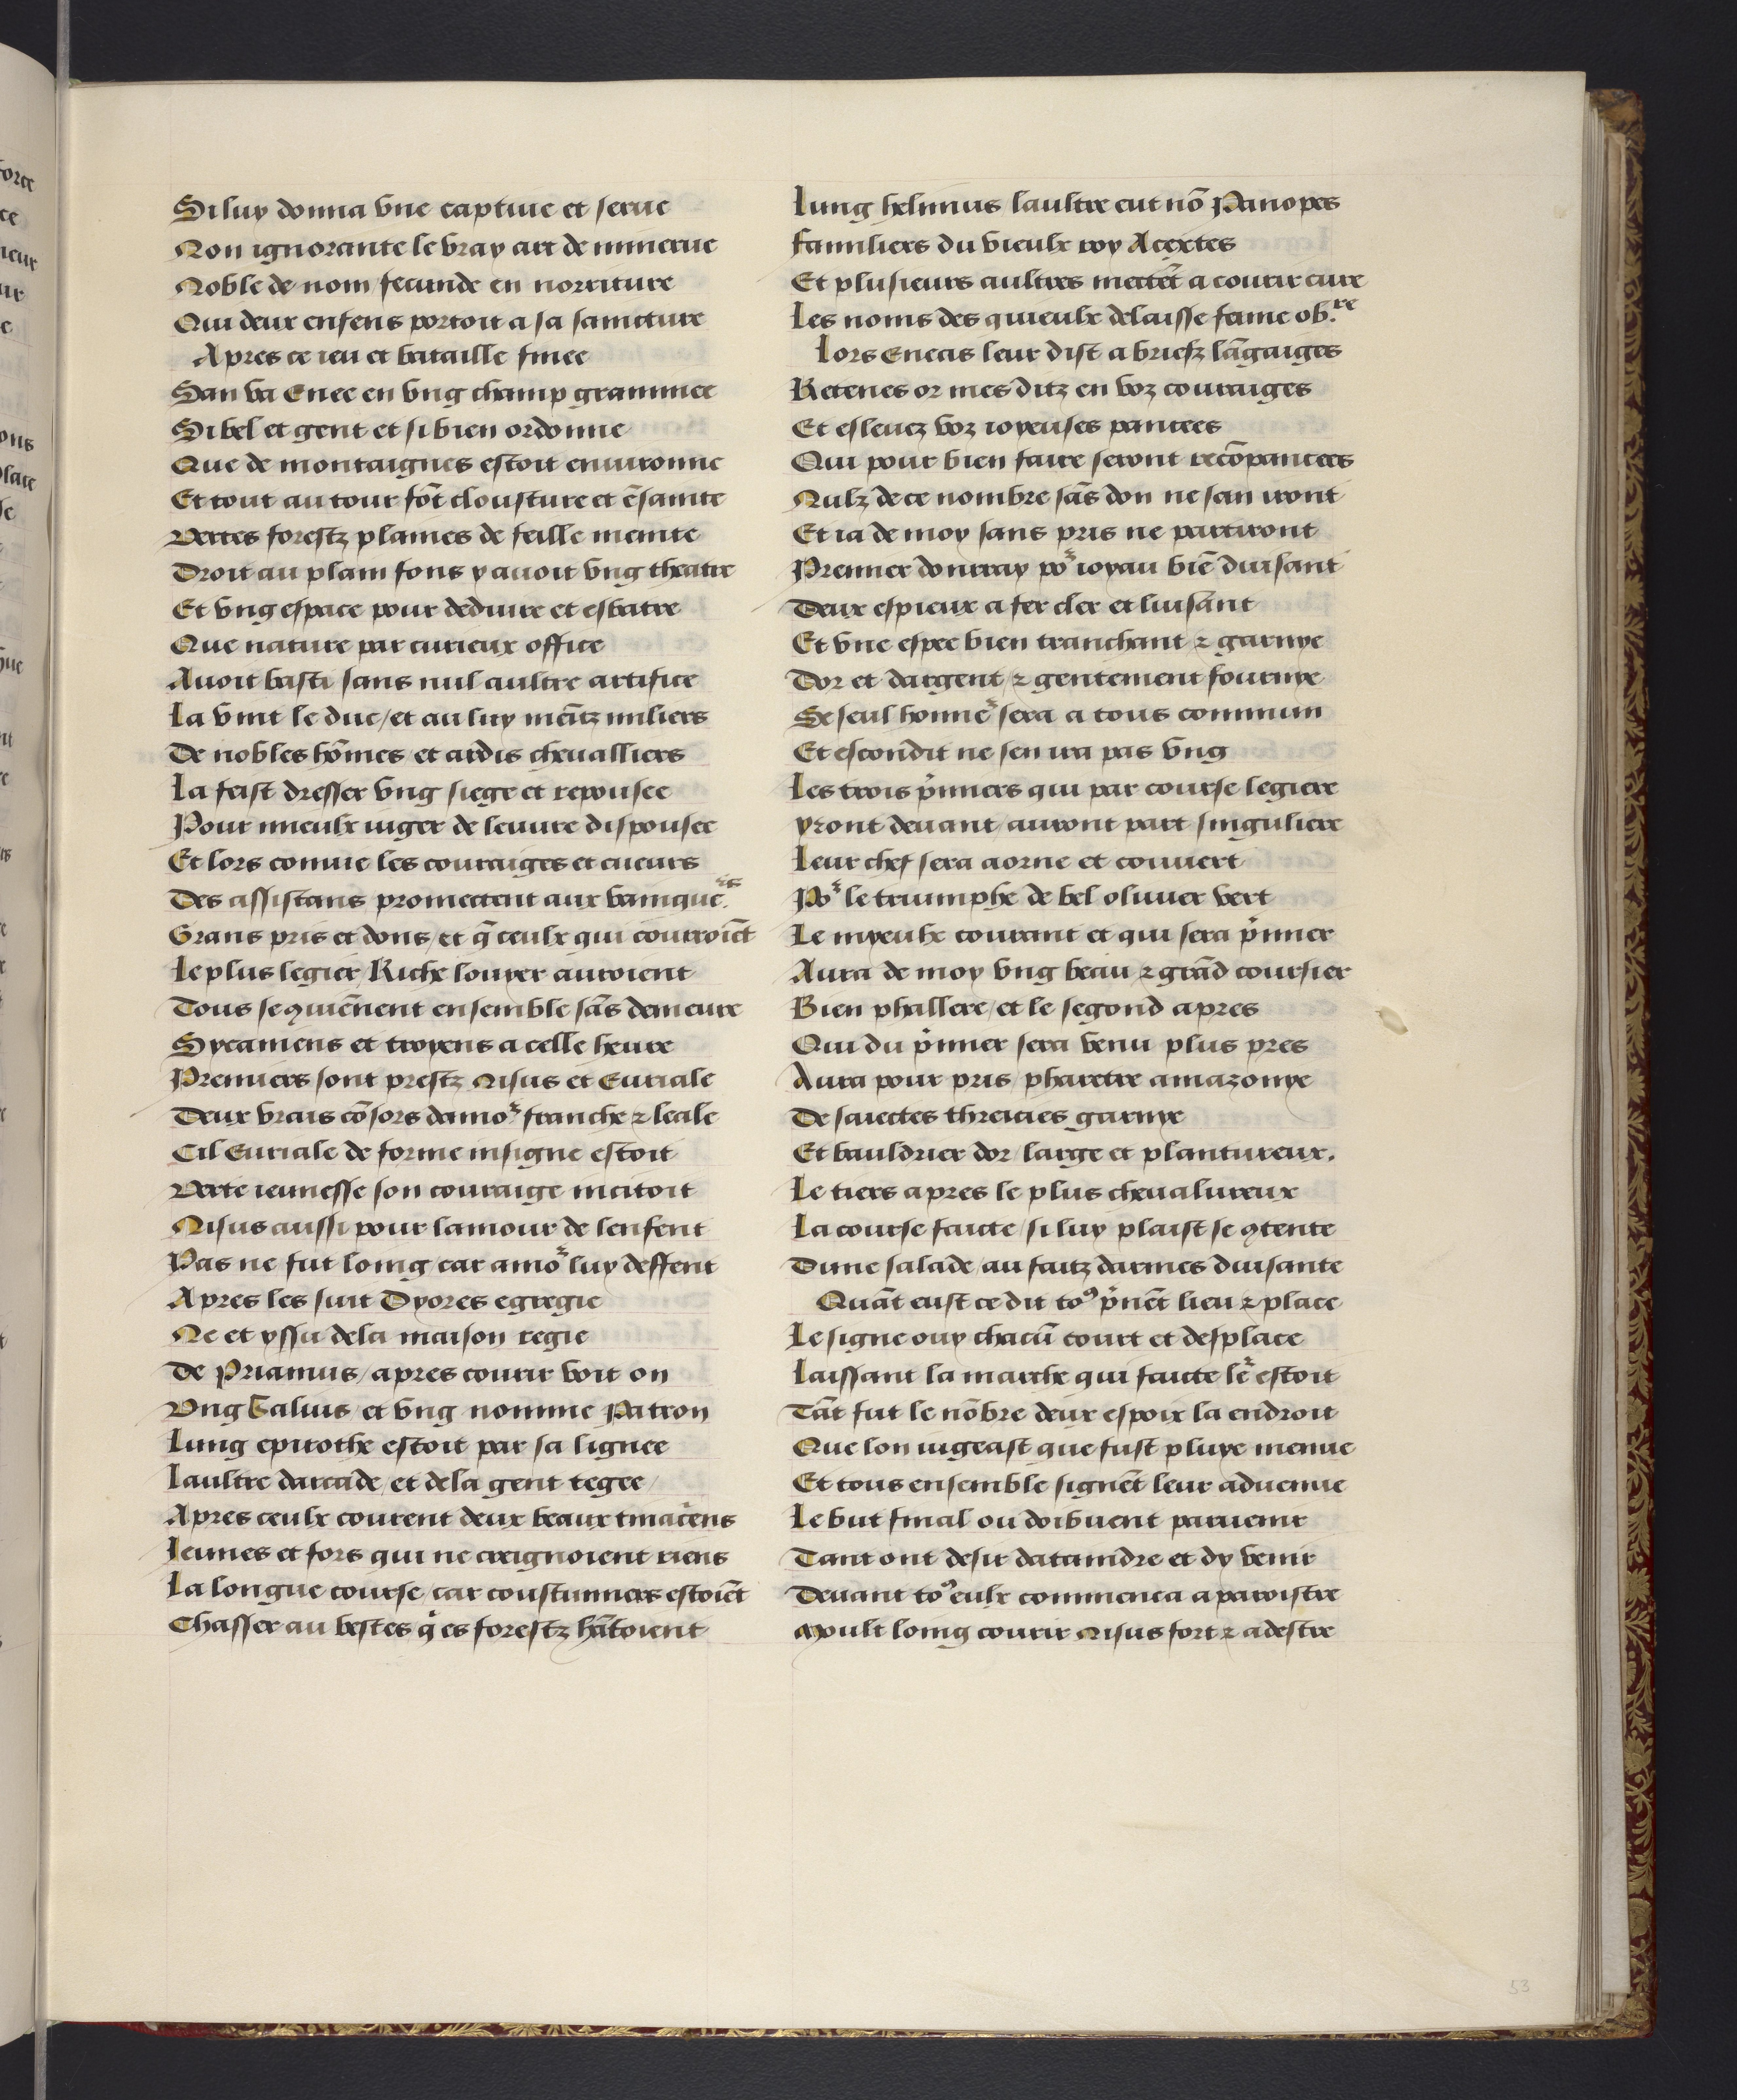
Shelfmark: Philadelphia, University of Pennsylvania, codex 909
Century: 15